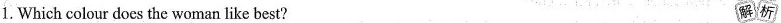
∩1.Which colour does the woman like best? 解析